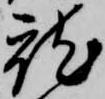
就